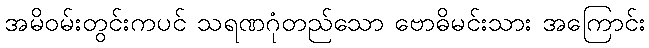
အမိဝမ်းတွင်းကပင် သရဏဂုံတည်သော ဗောဓိမင်းသား အကြောင်း